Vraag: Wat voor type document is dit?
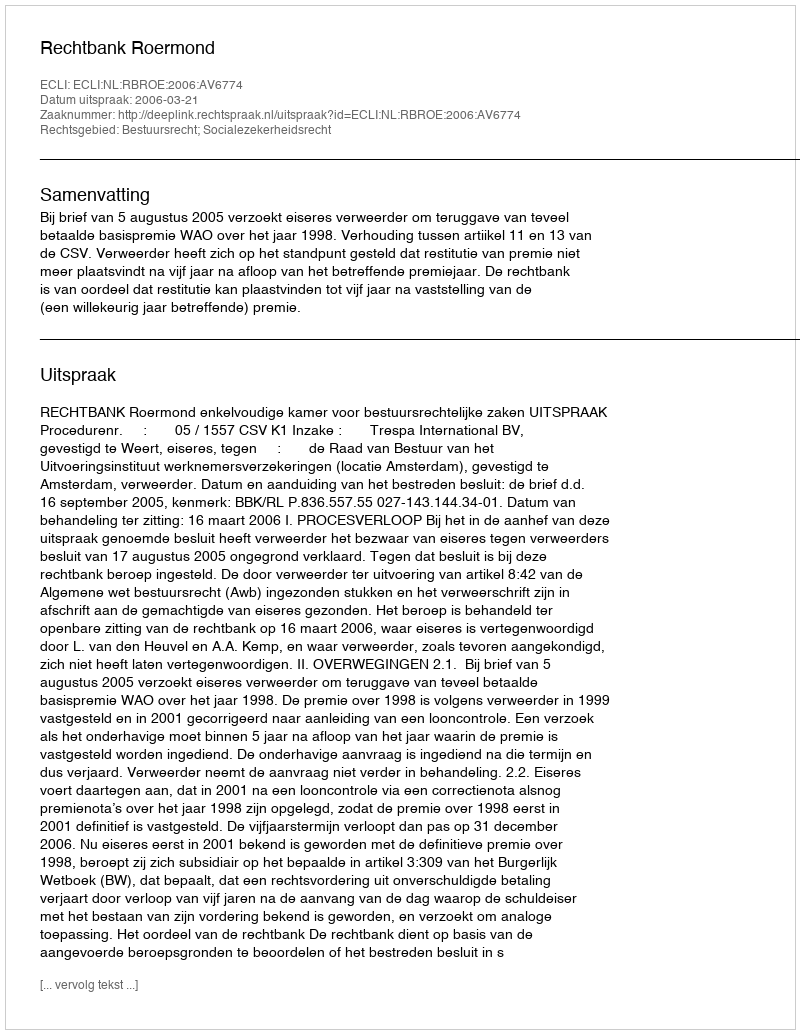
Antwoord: Uitspraak